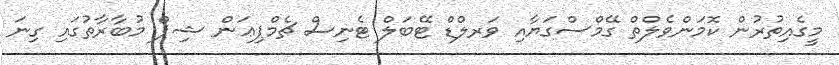
މީގެއިތުރުން ކޮމަންވެލްތް ގޭމްސްގަޔާއި ވަރލްޑް ޓޭބަލް ޓެނިސް ޗެމްޕިޢަން ޝިޕް މުބާރާތުގައި ގިނަ